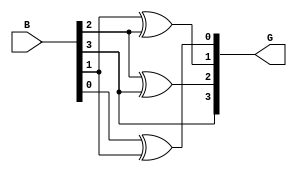
module gray_code_encoder #(parameter n = 4) (
    input  wire [n-1:0] B, // n-bit binary input
    output wire [n-1:0] G  // n-bit Gray code output
);

// Gray code encoding logic
assign G[n-1] = B[n-1]; // Most significant bit remains the same
genvar i;
generate
    for (i = n-2; i >= 0; i = i - 1) begin : gray_logic
        assign G[i] = B[i] ^ B[i+1]; // XOR between current and next bit
    end
endgenerate

endmodule